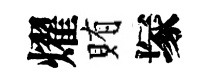
燿賄塚